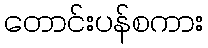
တောင်းပန်စကား